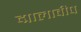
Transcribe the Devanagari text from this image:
द्मालावीप